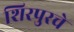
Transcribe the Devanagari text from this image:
शिरपुरचे